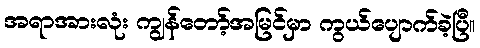
အရာအားလုံး ကျွန်တော့်အမြင်မှာ ကွယ်ပျောက်ခဲ့ပြီ။